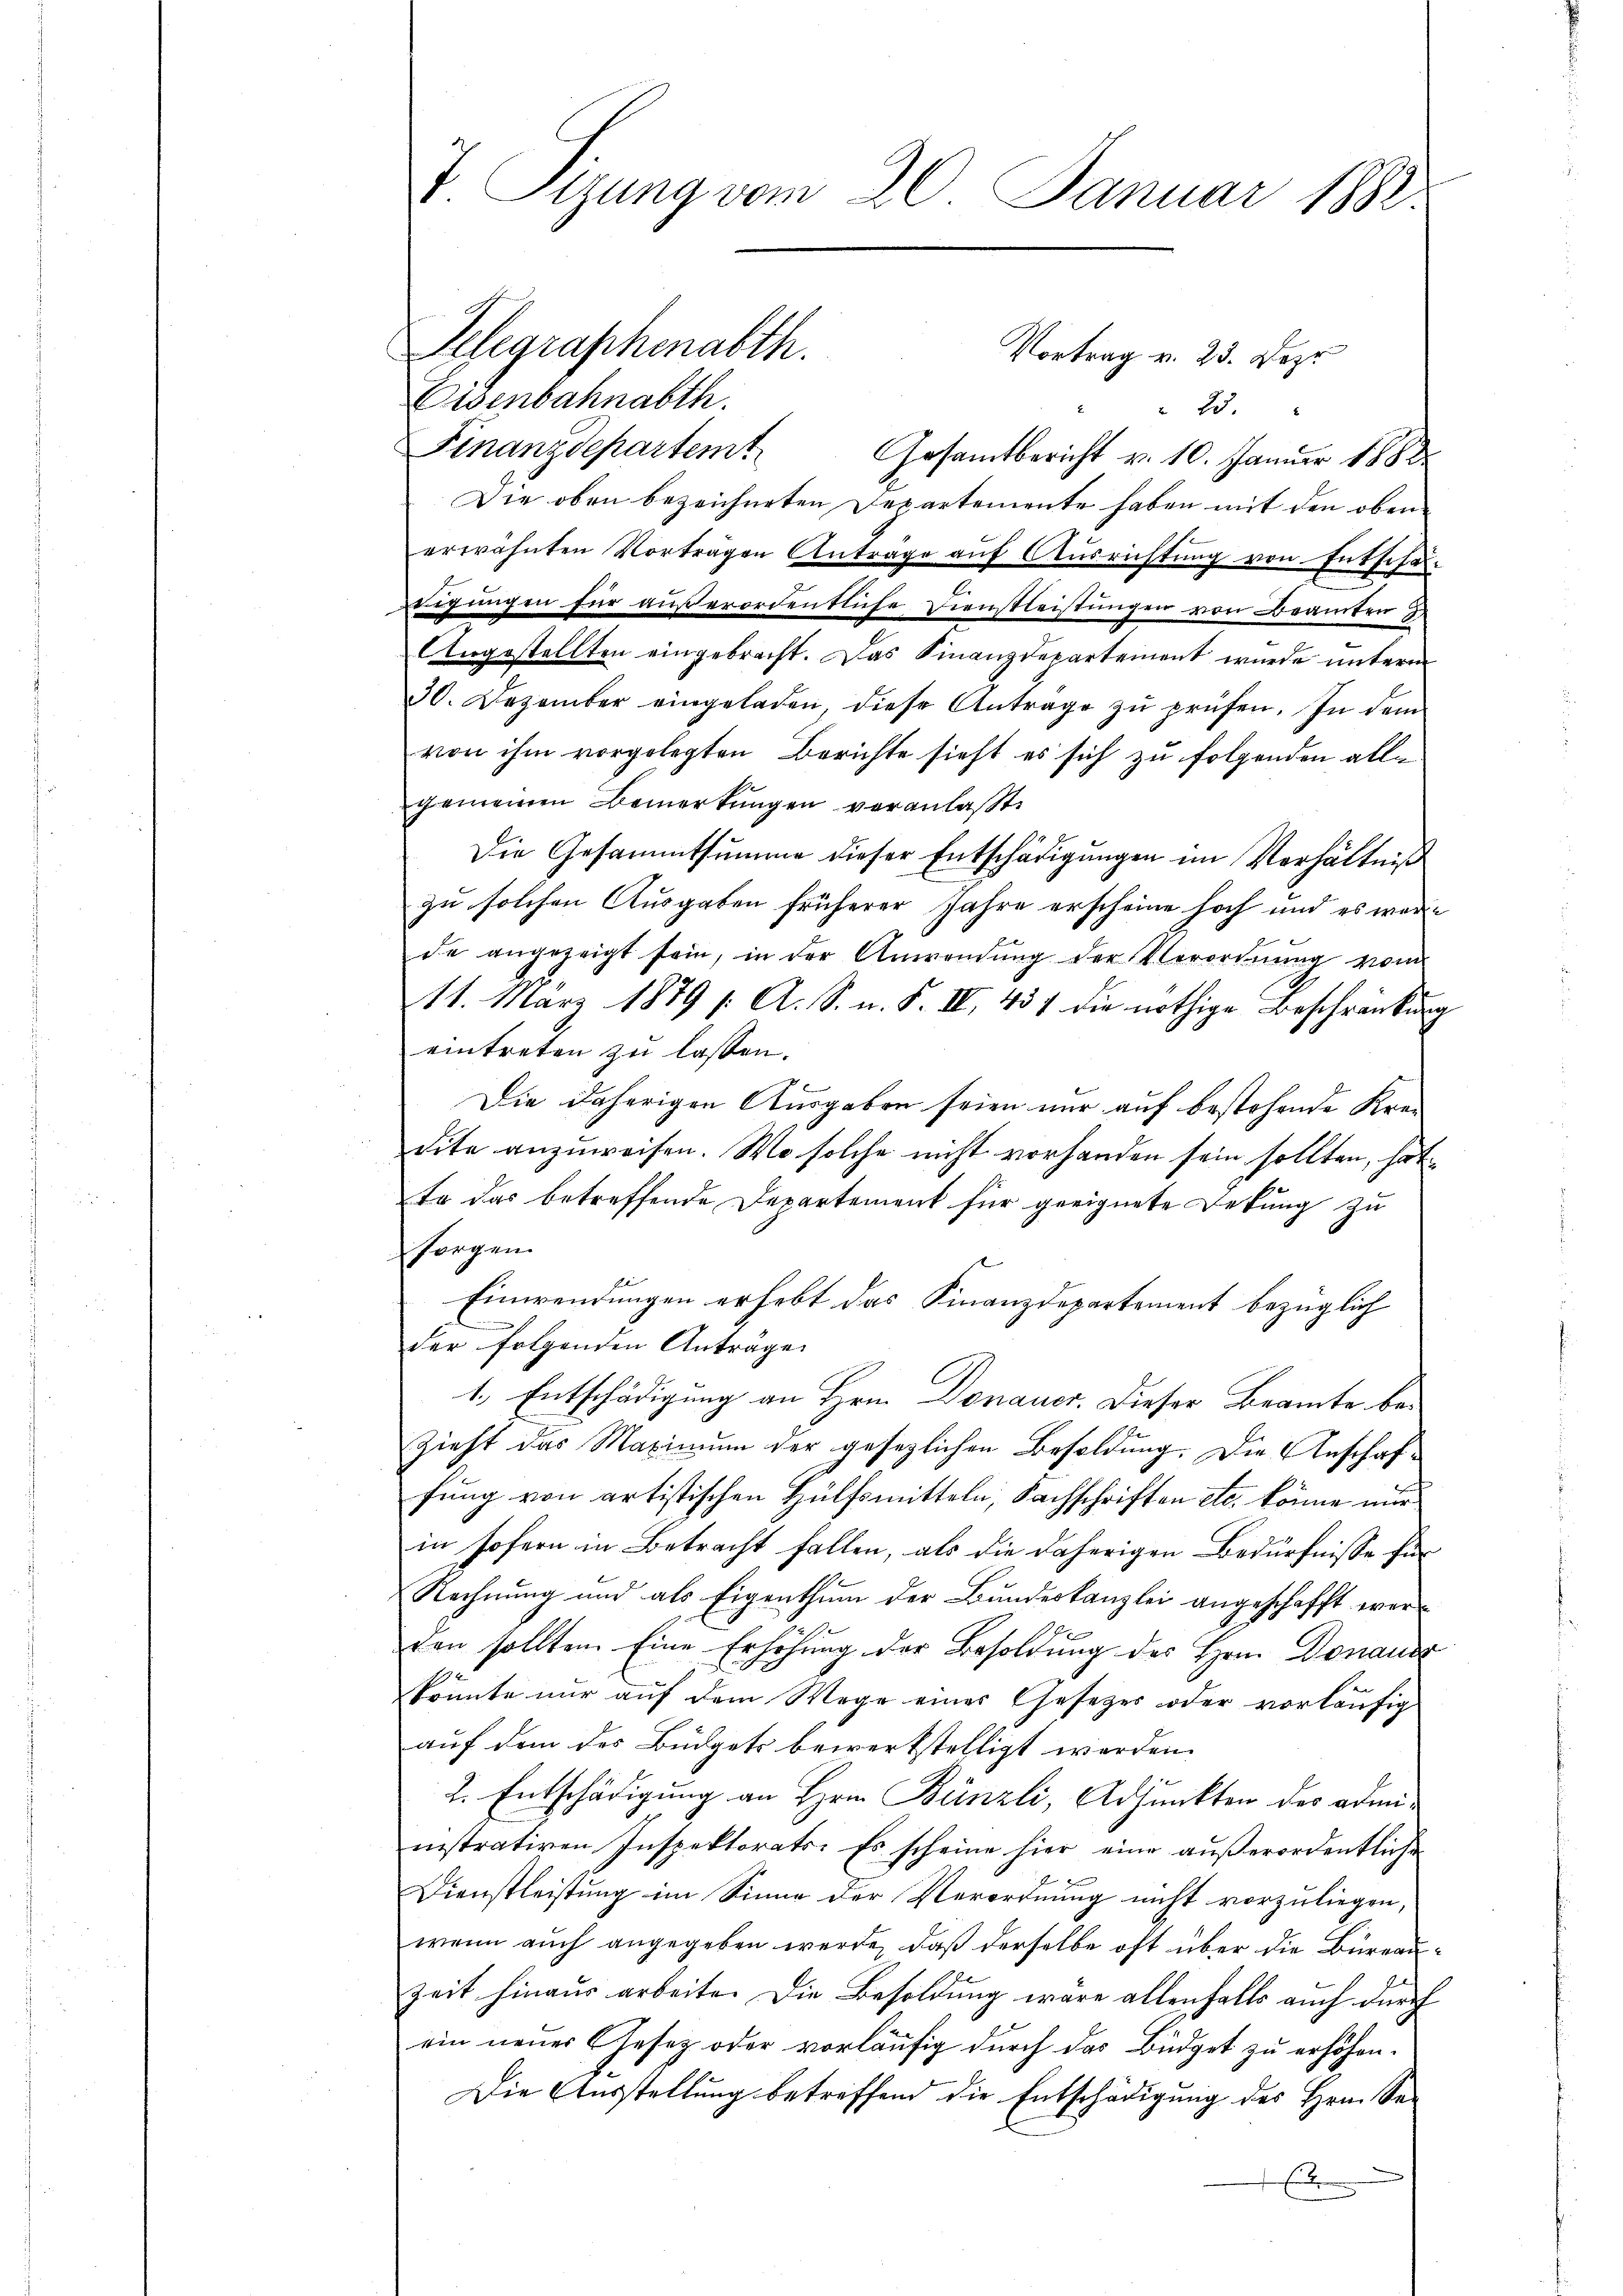
7. Sizung vom 20. Januar 1882.

Vortrag v. 23. Lezt
Eisenbahnabth
 23.
Finanzdepartemt
Gesamtbericht v. 10. Januar 1888
Die oben bezeichneten Departemente haben mit den obene
erwähnten Vortragen Antrage aŭf Aŭsrichtŭng von Entschei-
c
ergnügen für außerordentliche Dienstleistungen von Beamten 3.
Angestellten eingebracht. Das Finanzdepartement wurde unterm
30. Dezember eingeladen, diese Anträge zŭ prüfen. In dem
von ihm vorgelegten Berichte sieht es sich zu folgenden allgemeinen Bemerkungen veranlaßt,
Die Gesammtsumme dieser Entschädigungen im Verhältniß
zu solchen Ausgaben früherer Jahre erscheine hoch und es wäre
de angezeigt sein, in der Anwendŭng der Verordnung vom
11. März 1879 /: A. S. n. F. IV 437 die nöthige Beschränkung
eintreten zu lassen.
Die daherigen Ausgaben seien nur auf bestehende Kredite anzuweisen. Wo solche nicht vorhanden sein sollten, hat
Er das betreffende Departement für geeignete Dekung zu
sorgen.
Einwendungen erhebt das Finanzdepartement bezüglich
der folgenden Anträge
1., Entschädigung an Hrn. Donauer. Dieser Beamte be¬
Zieht das Maximum der gesezlichen Besoldung. Die Anschaffung von artistischen Hülfsmitteln, Sachschriften etc. könne nur
in sofern in Betracht fallen, als die daherigen Bedürfnisse für
Rechnung und als Eigenthum der Bundeskanzlei angeschafft werden sollten. Eine Erhöhung der Besoldung des Hrn. Donausz
könnte nur auf dem Wege einer Gesetzes oder vorläufig
auf dem des Büdgets bewerkstelligt werden.
2. Entschädigung an Hrn. Bünzli, Adjunkten des administrativen Inspektorats. Es scheine hier eine außerordentliche
Dienstleistung im Sinne der Verordnung nicht vorzuliegen,
wenn auch angegeben werde, daß derselbe oft über die Büreau¬
Zeit hinaus arbeite. Die Besoldung wäre allenfalls auch durch
ein neuer Gesetz oder vorläufig durch das Büdget zu erhöhen.
Die Ausstellung betreffend die Entschädigung des Hrn. Se-
x

Telegraphenalth.